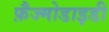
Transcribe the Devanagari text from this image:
फ़ैज्मोडाइडी